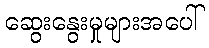
ဆွေးနွေးမှုများအပေါ်